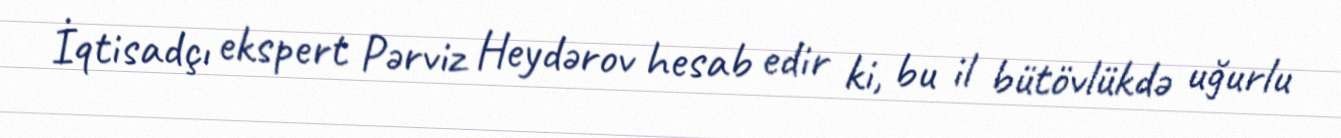
İqtisadçı ekspert Pərviz Heydərov hesab edir ki, bu il bütövlükdə uğurlu